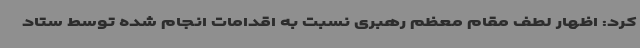
کرد: اظهار لطف مقام معظم رهبری نسبت به اقدامات انجام شده توسط ستاد